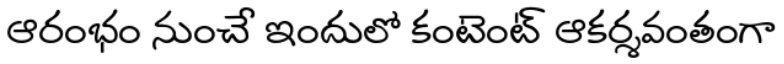
ఆరంభం నుంచే ఇందులో కంటెంట్ ఆకర్శవంతంగా